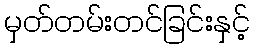
မှတ်တမ်းတင်ခြင်းနှင့်